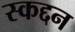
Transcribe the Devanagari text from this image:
स्कद्दन